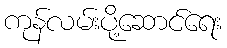
ကုန်လမ်းပို့ဆောင်ရေး